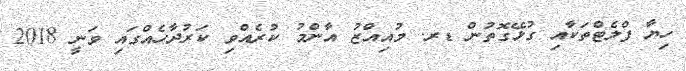
ހިޔާ ފްލެޓްތަކާއި ގުޅޭގޮތުން ޑރ. މުއިއްޒު އާންމު ކުރެއްވި ކަރުދާހެއްގައި ވަނީ 2018